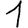
Digit: 1